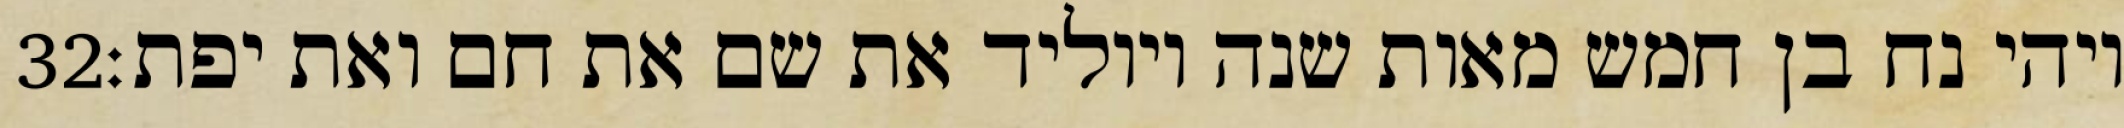
‎32‏ ויהי נח בן חמש מאות שנה ויוליד את שם את חם ואת יפת׃